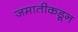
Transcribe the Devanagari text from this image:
जमातीकडून